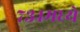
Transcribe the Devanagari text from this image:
७३४मध्ये